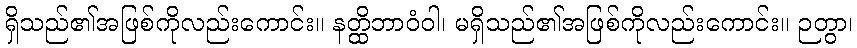
ရှိသည်၏အဖြစ်ကိုလည်းကောင်း။ နတ္ထိဘာဝံဝါ၊ မရှိသည်၏အဖြစ်ကိုလည်းကောင်း။ ဉတွာ၊